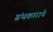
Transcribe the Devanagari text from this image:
ग्रंथकाराचे